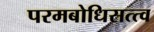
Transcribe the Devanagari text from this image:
परमबोधिसत्त्व